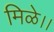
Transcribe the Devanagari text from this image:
मिळे।।